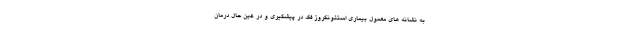
به نشانه های معمول بیماری استئونکروز فک در پیشگیری و در عین حال درمان